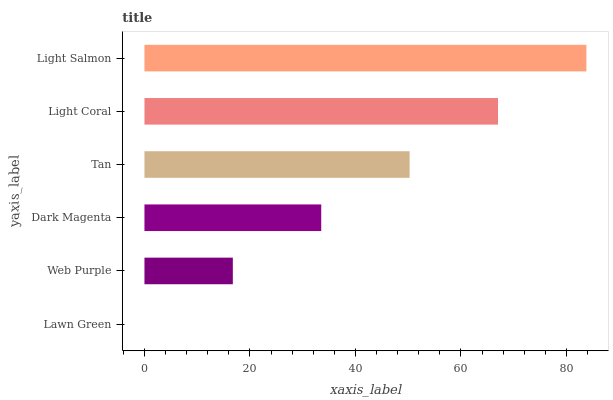
| yaxis_label | bars |
 | --- | --- |
 | Lawn Green | 0 |
 | Web Purple | 16.8 |
 | Dark Magenta | 33.5 |
 | Tan | 50.3 |
 | Light Coral | 67 |
 | Light Salmon | 83.8 |